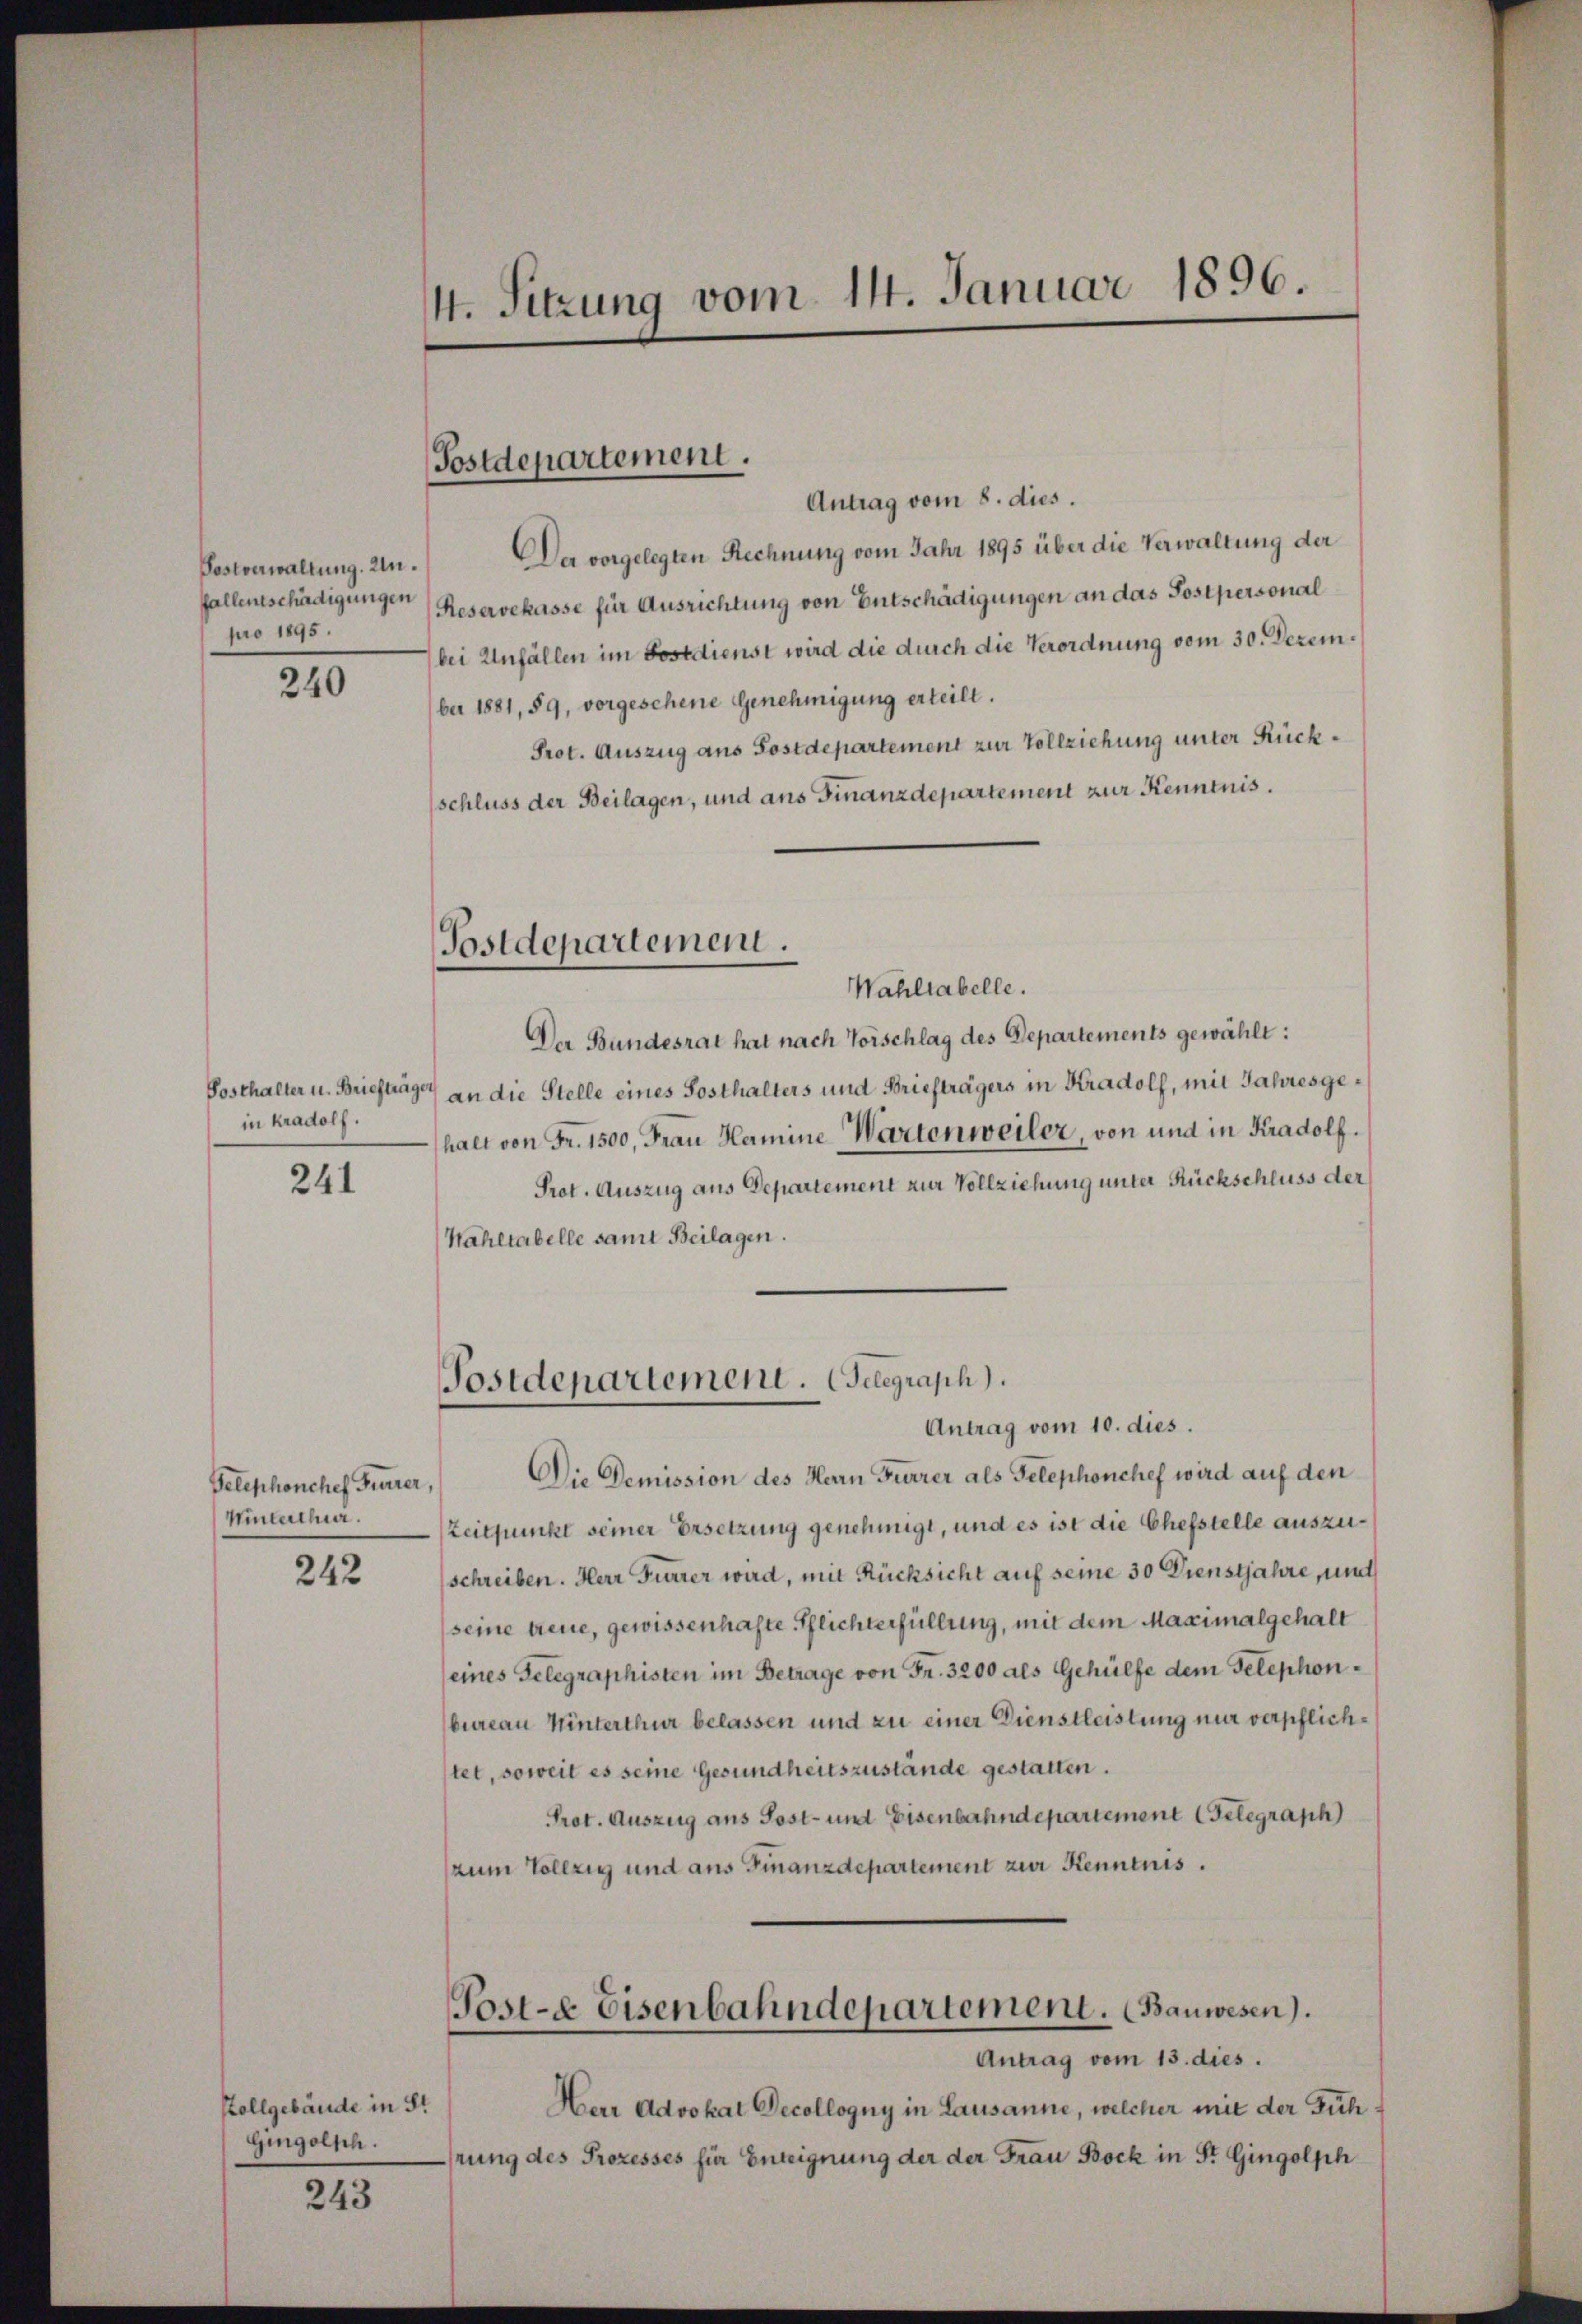
Postverwaltung. Un
fallentschädigungen
pro 1895.

240

in kradolf.

241

Telephonchef Furrer,
Winterthur.

242

Rollgebäude in St
Gingolsch.

243

4. Sitzung vom 14. Januar 1896.

Postdepartement.

Antrag vom 8. dies.
Da vorgelegten Rechnung vom Jahr 1895 über die Verwaltung der
Reservekasse für Ausrichtung von Entschädigungen an das Postpersonal
bei Unfällen im Losedienst wird die durch die Verordnung vom 30. Dezem¬
(bei 1881, 59, vorgeschene Genehmigung erteilt.
Prot. Auszug aus Postdepartement zur Vollziehung unter Rückschluss der Beilagen, und aus Finanzdepartement zur Kenntnis.

Postdepartement.

Wahltabelle.
Der Bundesrat hat nach Vorschlag des Departements gewählt:
Posthalter u. Briefträge an die Stelle eines Sosthalters und Briefträgers in Kradolf, mit Jahresgehalt von Fr. 1500, Frau Hamine Wartenweiler, von und in Kradolf.
Prot. Auszug aus Departement zur Vollziehung unter Rückschluss der
Wahltabelle samt Beilagen.

Postdepartement. Telegraph).

Antrag vom 10. dies.
Die Demission des Herrn Furrer als Telephonchef wird auf den
Zeitpunkt seiner Ersetzung genehmigt, und es ist die Chefstelle auszuschreiben. Herr Furrer wird, mit Rücksicht auf seine 30 Dienstjahre, unt
(seine treue, gewissenhafte Pflichterfüllung, mit dem Maximalgehalt
(eines Gelegraphisten im Betrage von Fr. 3200 als Gehülfe dem Telephonbureau Hinterthur belassen und zu einer Dienstleistung nur verpflichstet, soweit es seine Gesundheitszustände gestatten.
Prot. Auszug aus Post- und Eisenbahndepartement Gelegraph
(zum Vollzig und aus Finanzdepartement zur Kenntnis.

Post-E Eisenbahndepartement. (Bauwesen).
Antrag vom 13. dies.

Herr Advokat Decollogny in Lausanne, welcher mit der Fühhrung des Prozesses für Enteignung der der Frau Bock in St. Gingolph